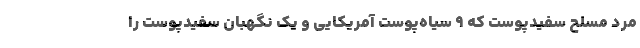
مرد مسلح سفیدپوست که ۹ سیاه‌پوست آمریکایی و یک نگهبان سفیدپوست را